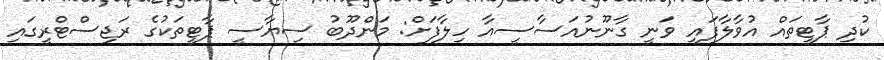
ކުދި ޕާޓީތައް އުވާލާފައި ވަނީ ގާނޫނުއަސާސީއާ ހިލާފަށް: މަންދޫބު ސިޔާސީ ޕާޓީތަކުގެ ރަޖިސްޓްރީގައި